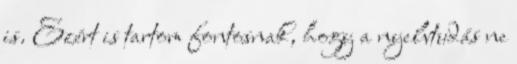
is. Ezért is tartom fontosnak, hogy a nyelvtudás ne